Annual administration report of the Civil Veterinary Department of India - 1898-1899
Year: 1898
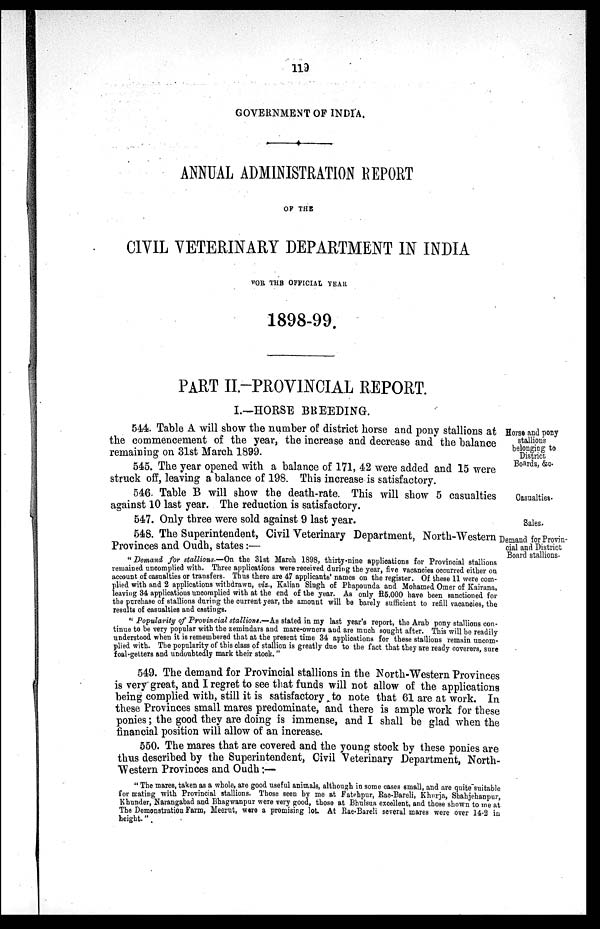
119
GOVERNMENT OF INDIA.
ANNUAL ADMINISTRATION REPORT
OF THE
CIVIL VETERINARY DEPARTMENT IN INDIA
FOR THE OFFICIAL YEAR
1898-99.
PART II.-PROVINCIAL REPORT.
I.—HORSE BREEDING.
Horse and pony
stallions
belonging to
District
Boards, &c.
544. Table A will show the number of district horse and pony stallions at
the commencement of the year, the increase and decrease and the balance
remaining on 31st March 1899.
545. The year opened with a balance of 171, 42 were added and 15 were
struck off, leaving a balance of 198. This increase is satisfactory.
Casualties.
546 Table B will show the death-rate. This will show 5 casualties
against 10 last year. The reduction is satisfactory.
Sales.
547. Only three were sold against 9 last year.
Demand for Provin-
cial and District
Board stallions.
548. The Superintendent, Civil Veterinary Department, North-Western
Provinces and Oudh, states:—
"Demand for stallions.—On the 31st March 1898, thirty-nine applications for Provincial stallions
remained uncomplied with. Three applications were received during the year, five vacancies occurred either on
account of casualties or transfers. Thus there are 47 applicants' names on the register. Of these 11 were com-
plied with and 2 applications withdrawn, viz., Kalian Singh of Phapounda and Mohamed Omer of Kairana,
leaving 34 applications uncomplied with at the end of the year. As only R5,000 have been sanctioned for
the purchase of stallions during the current year, the amount will be barely sufficient to refill vacancies, the
results of casualties and castings.
"Popularity of Provincial stallions.—As stated in my last year's report, the Arab pony stallions con-
tinue to be very popular with the zemindars and mare-owners and are much sought after. This will be readily
understood when it is remembered that at the present time 34 applications for these stallions remain uncom-
plied with. The popularity of this class of stallion is greatly due to the fact that they are ready coverers, sure
foal-getters and undoubtedly mark their stock."
549. The demand for Provincial stallions in the North-Western Provinces
is very great, and I regret to see that funds will not allow of the applications
being complied with, still it is satisfactory to note that 61 are at work. In
these Provinces small mares predominate, and there is ample work for these
ponies; the good they are doing is immense, and I shall be glad when the
financial position will allow of an increase.
550. The mares that are covered and the young stock by these ponies are
thus described by the Superintendent, Civil Veterinary Department, North-
-estern Provinces and Oudh:—
"The mares, taken as a whole, are good useful animals, although in some cases small, and are quite suitable
for mating with Provincial stallions. Those seen by me at Fatehpur, Rae-Bareli, Khnrja, Shahjehanpur,
Khunder, Narangabad and Bhagwanpur were very good, those at Bhulsua excellent, and those shown to me at
The Demonstration Farm, Meerut, were a promising lot. At Rae-Bareli several mares were over 14-2 in
height."